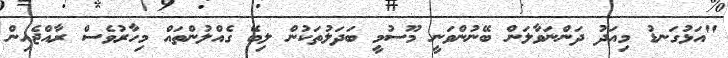
"އަޅުގަނޑު މިއަދު ދަންނަވާލަން ބޭނުންވަނީ މޫސުމީ ބަދަލުތަކުން ލިބޭ ގެއްލުންތައް މިހާރުވެސް ރާއްޖެއިން